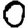
Digit: 0